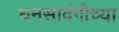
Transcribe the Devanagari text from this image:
घनसावंगीच्या